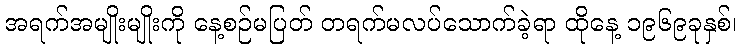
အရက်အမျိုးမျိုးကို နေ့စဉ်မပြတ် တရက်မလပ်သောက်ခဲ့ရာ ထိုနေ့ ၁၉၆၉ခုနှစ်၊